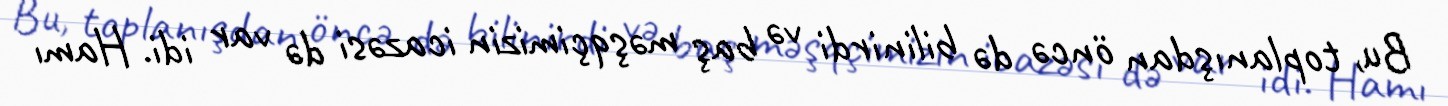
Bu, toplanışdan öncə də bilinirdi və baş məşqçimizin icazəsi də var idi. Hamı